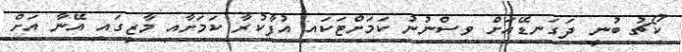
ކޯޗު ބުނީ ދަގަނޑޭއަށް ވިސްނުނު ކަމަށްޓަކައި އުފާކުރާ ކަމަށާއި މާޒީގައި އޭނާ އަށް